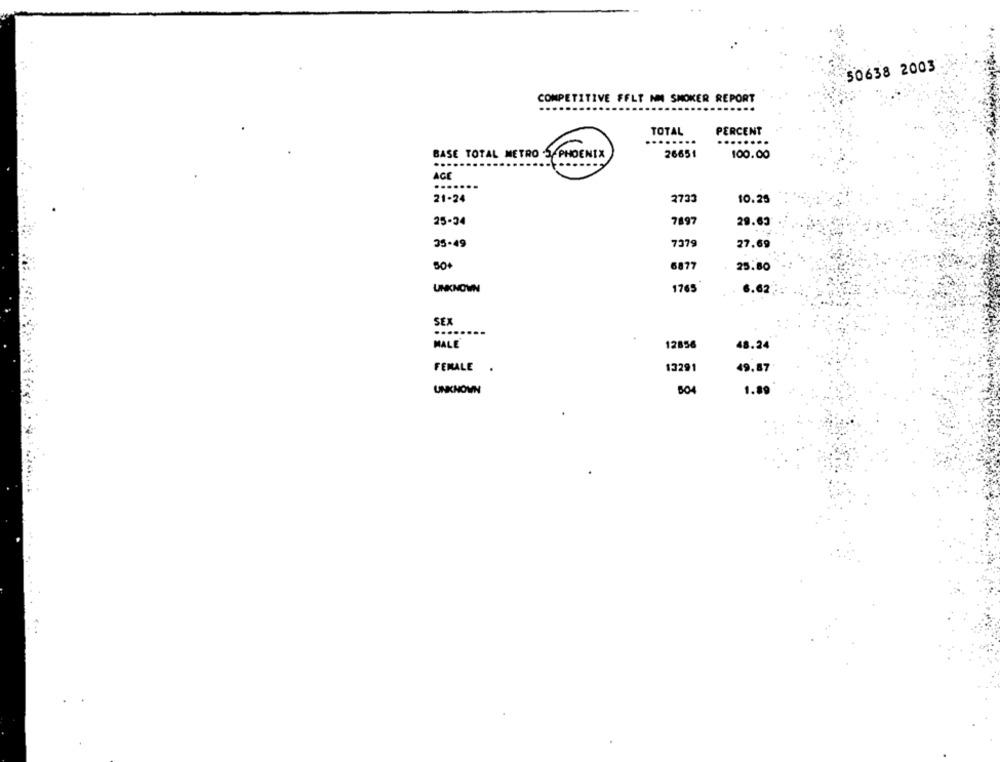
50638 2003
COMPETITIVE FFLT NM SMOKER REPORT
TOTAL
PERCENT
BASE TOTAL METRO S PHOENIX
26651
100.00
....
AGE
.......
21-24
2733
10.25
25-34
7897
29.63
35-49
7379
27.69
6877
25.80
UNKNOWN
1765
6.62
SEX
........
MALE
12856
48.24
FEMALE
13291
49.87
1.89
UNKNOWN
504